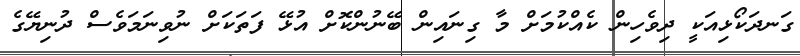
ގަނދަކޯޅިއަކީ ދިވެހިން ކެއްކުމަށް މާ ގިނައިން ބޭނުންކޮށް އުޅޭ ފަތަކަށް ނުވިނަމަވެސް ދުނިޔޭގެ